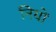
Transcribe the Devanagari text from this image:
नियों